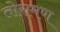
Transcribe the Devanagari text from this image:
तोरामण